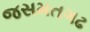
જસમતગઢ